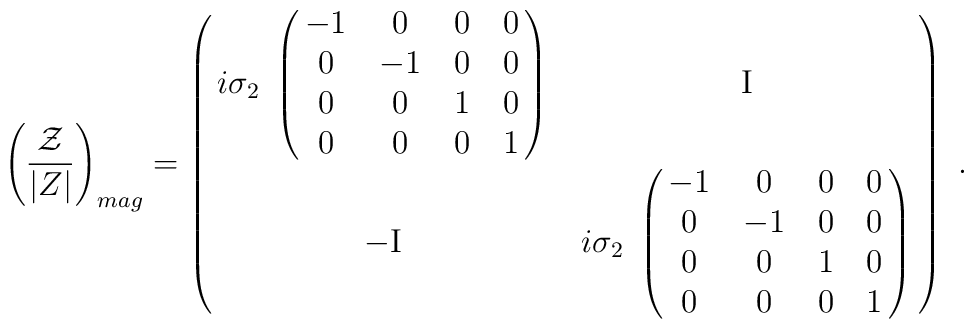
\left( {{\cal Z} \over |Z| }\right)_{mag}  = \pmatrix{ i \sigma_2 \;   \pmatrix{-1&0&0&0 \cr 0 &-1&0&0\cr 0&0&1&0\cr0&0&0&1\cr}&   {\rm I}\cr\cr-   {\rm I}  &  i \sigma_2 \;  \pmatrix{-1&0&0&0 \cr 0 &-1&0&0\cr 0&0&1&0\cr0&0&0&1\cr}}  \ .